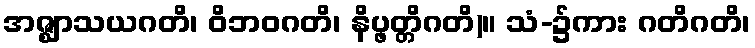
အဇ္ဈာသယဂတိ၊ ဝိဘဝဂတိ၊ နိပ္ဖတ္တိဂတိ)။ သံ-၌ကား ဂတိဂတိ၊